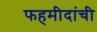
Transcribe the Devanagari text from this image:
फहमीदांची